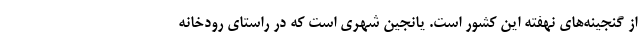
از گنجینه‌های نهفته این کشور است. یانجین شهری است که در راستای رودخانه